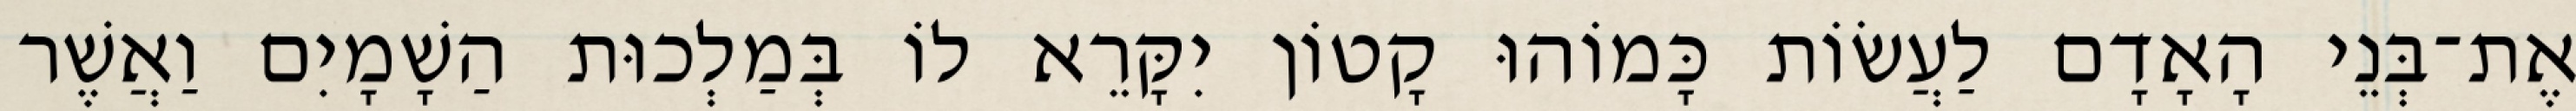
אֶת־בְּנֵי הָאָדָם לַעֲשׂוֹת כָּמוֹהוּ קָטוֹן יִקָּרֵא לוֹ בְּמַלְכוּת הַשָׁמָיִם וַאֲשֶׁר